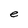
Character: e